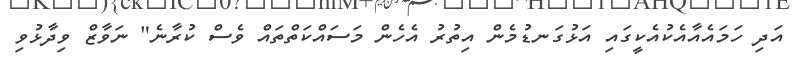
އަދި ހަމައެއާއެކުއެކީގައި އަޅުގަނޑުމެން އިތުރު އެހެން މަަސައްކަތްތައް ވެސް ކުރާނެ" ނަވާޒް ވިދާޅުވި